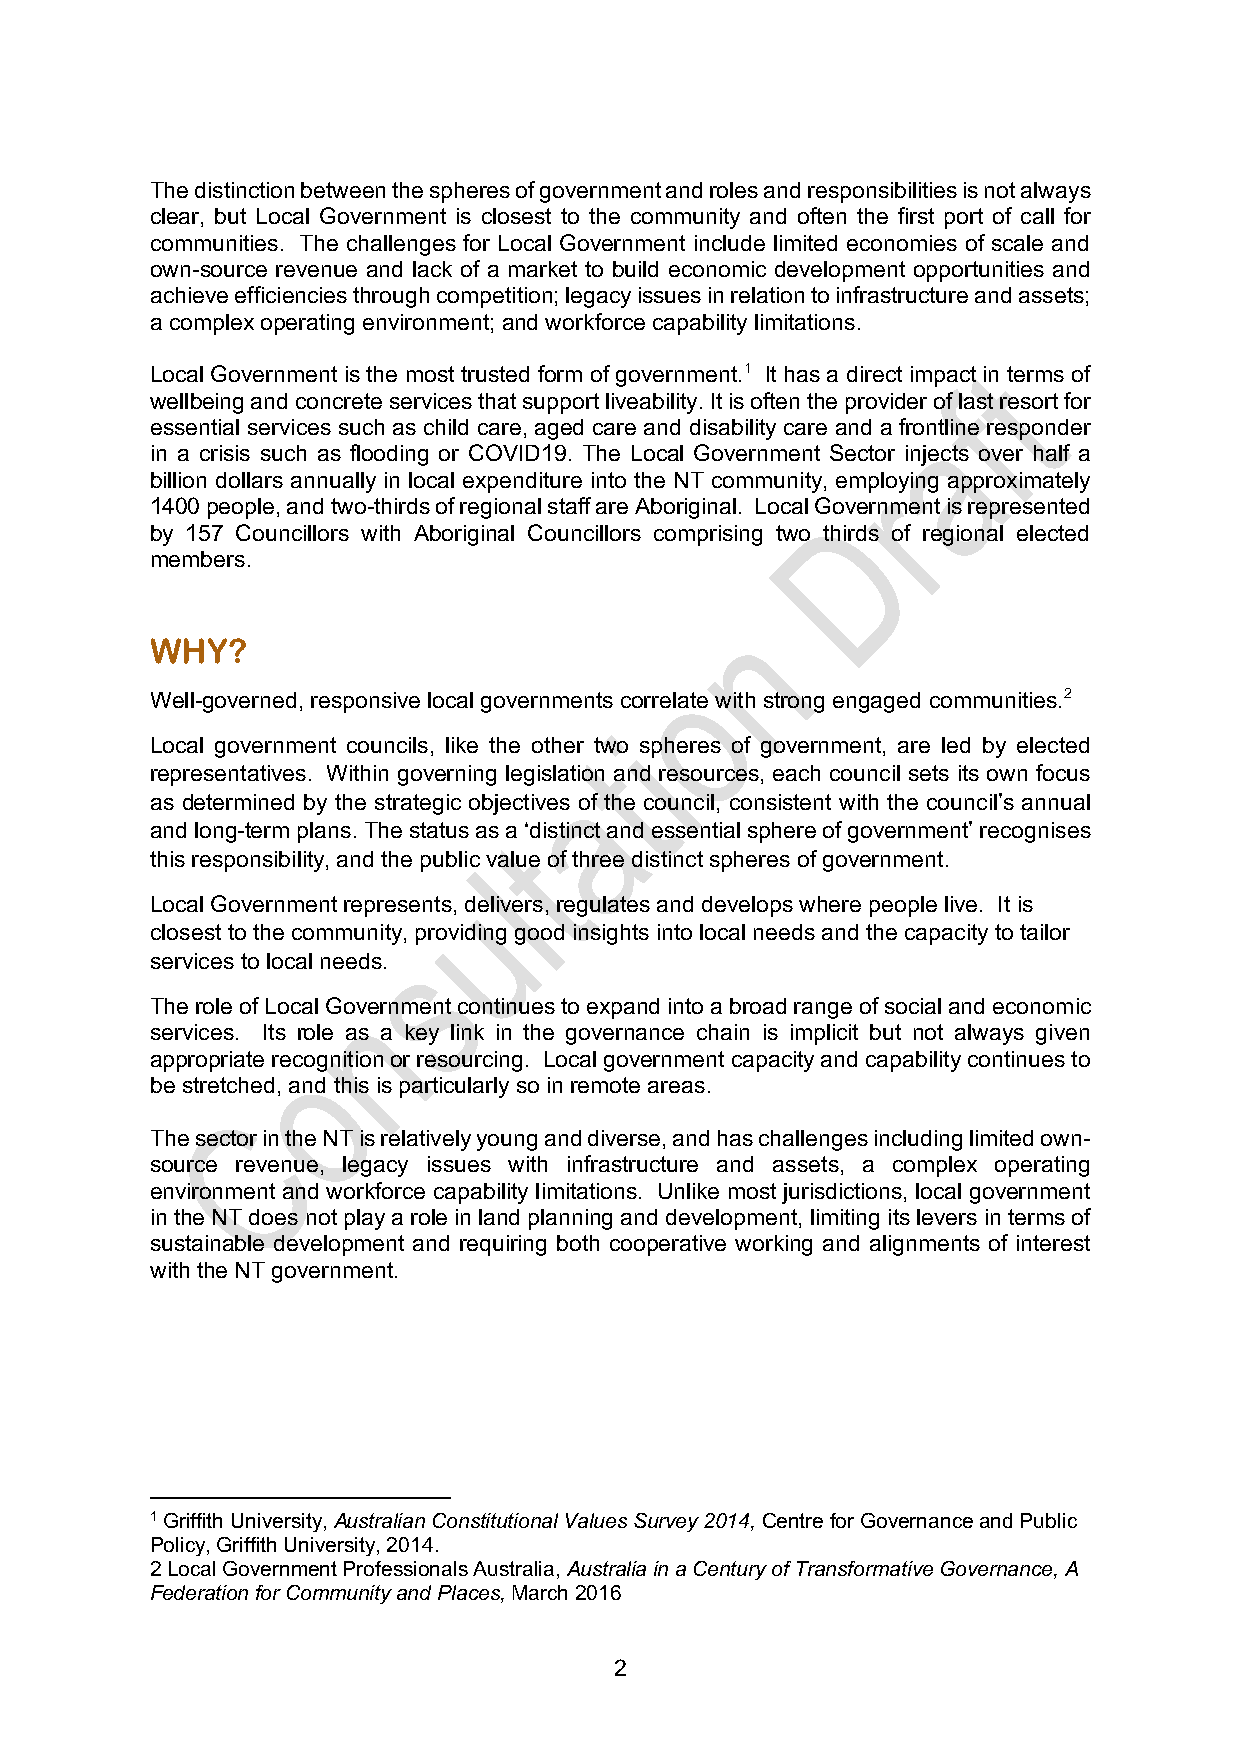
The distinction between the spheres of government and roles and responsibilities is not always
 clear, but Local Government is closest to the community and often the first port of call for
 communities. The challenges for Local Government include limited economies of scale and
 own-source revenue and lack of a market to build economic development opportunities and
 achieve efficiencies through competition; legacy issues in relation to infrastructure and assets;
 a complex operating environment; and workforce capability limitations.
 Local Government is the most trusted form of government.1 It has a direct impact in terms of
 wellbeing and concrete services that support liveability. It is often the provider of last resort for
 essential services such as child care, aged care and disability care and a frontline responder
 in a crisis such as flooding or COVID19. The Local Government Sector injects over half a
 billion dollars annually in local expenditure into the NT community, employing approximately
 1400 people, and two-thirds of regional staff are Aboriginal. Local Government is represented
 by 157 Councillors with Aboriginal Councillors comprising two thirds of regional elected
 members.
 WHY?
 Well-governed, responsive local governments correlate with strong engaged communities.2
 Local government councils, like the other two spheres of government, are led by elected
 representatives. Within governing legislation and resources, each council sets its own focus
 as determined by the strategic objectives of the council, consistent with the council’s annual
 and long-term plans. The status as a ‘distinct and essential sphere of government’ recognises
 this responsibility, and the public value of three distinct spheres of government.
 Local Government represents, delivers, regulates and develops where people live. It is
 closest to the community, providing good insights into local needs and the capacity to tailor
 services to local needs.
 The role of Local Government continues to expand into a broad range of social and economic
 services. Its role as a key link in the governance chain is implicit but not always given
 appropriate recognition or resourcing. Local government capacity and capability continues to
 be stretched, and this is particularly so in remote areas.
 The sector in the NT is relatively young and diverse, and has challenges including limited own-
 source revenue, legacy issues with infrastructure and assets, a complex operating
 environment and workforce capability limitations. Unlike most jurisdictions, local government
 in the NT does not play a role in land planning and development, limiting its levers in terms of
 sustainable development and requiring both cooperative working and alignments of interest
 with the NT government.
 1 Griffith University, Australian Constitutional Values Survey 2014, Centre for Governance and Public
 Policy, Griffith University, 2014.
 2 Local Government Professionals Australia, Australia in a Century of Transformative Governance, A
 Federation for Community and Places, March 2016
 2